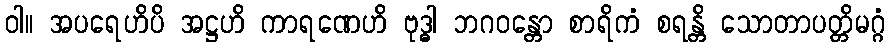
ဝါ။ အပရေဟိပိ အဋ္ဌဟိ ကာရဏေဟိ ဗုဒ္ဓါ ဘဂဝန္တော စာရိကံ စရန္တိ သောတာပတ္တိမဂ္ဂံ